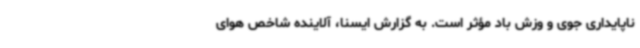
ناپایداری جوی و وزش باد مؤثر است. به گزارش ایسنا، آلاینده شاخص هوای